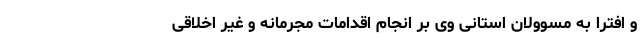
و افترا به مسوولان استانی وی بر انجام اقدامات مجرمانه و غیر اخلاقی